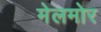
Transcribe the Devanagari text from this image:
मेलमोर